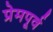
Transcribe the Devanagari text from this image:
प्रेमपूर्व